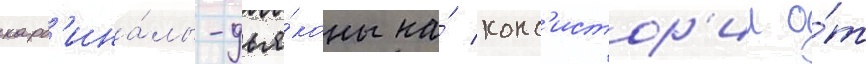
кард'ина́лы-дья́коны на́ конс'истор'ии о́т